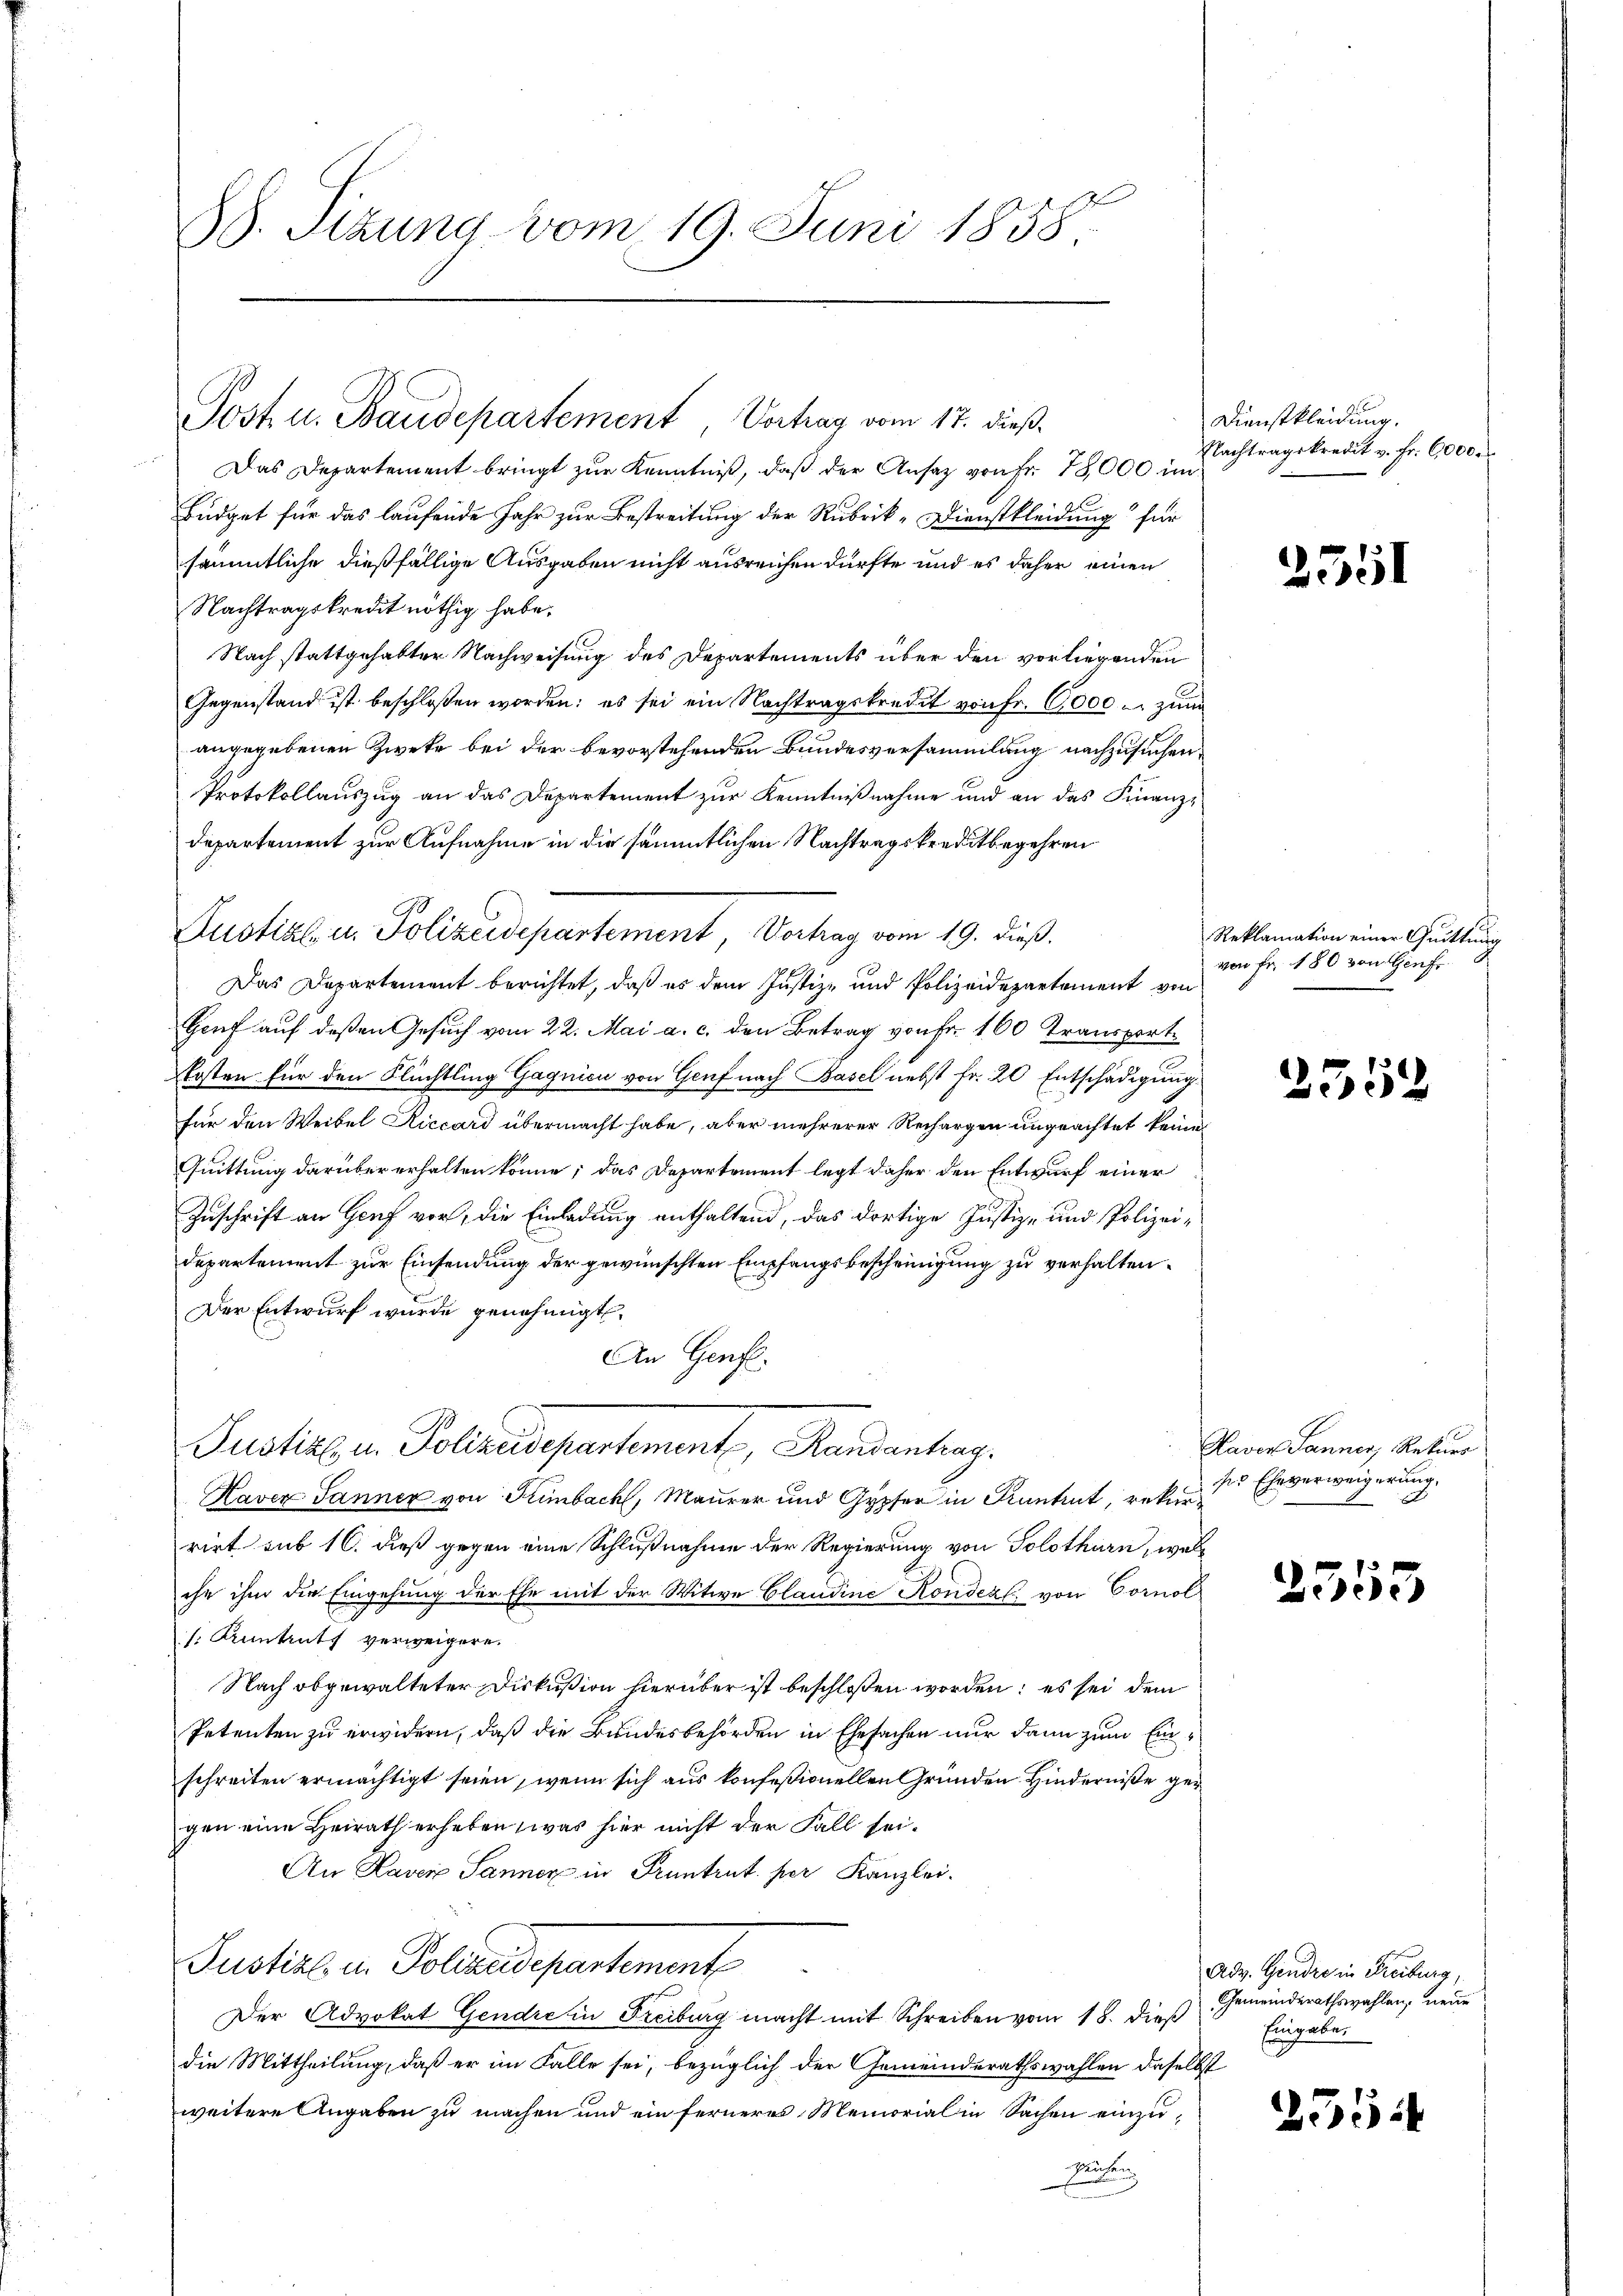
88. Sizung vom 19. Juni 1858.

Post u. Baudepartement Vorhag vom 17. dieß.

Das Departement bringt zur Kenntniß, daß der Ansatz von Fr. 78,000 im
Büdget für das laufende Jahr zur Bestreitung der Rubrik-Dienstkleidung für
sämmtliche dießfällige Ausgaben nicht ausreichen dürfte und es daher einen
Nachtragskredit nöthig habe.
Nach stattgehabter Nachweisung des Departements über den vorliegenden
Gegenstand ist beschloßen worden; es sei ein Nachtragskredit von Fr. 6000 u. zum
angegebenen Zweke bei der bevorstehenden Bundesversammlung nachzusuchen,
Protokollauszug an das Departement zur Kenntnißnahme und an das Finanzi¬
Departement zur Aufnahme in die sämmtlichen Nachtragskreditbegehren
Justiz- u. Polizeidepartement, Vortrag vom 19. dieß.
Das Departement berichtet, daß es dem Justiz- und Polizeidepartement von
Genf auf deßen Gesuch vom 22. Mai a. c. den Betrag von Fr. 160 Transport
Kosten für den Flüchtling Gagnici von Genf nach Basel nebst Fr. 20 Entschädigung
für den Weibel Riccard übermacht habe, aber mehrerer Rechargen ungeachtet keine
Quittung darüber erhalten könne; das Departement legt daher den Entwurf einer
Zuschrift an Genf vor, die Einladung enthaltend, das dortige Justiz- und Polizeidepartement zur Einsendung der gewünschten Empfangsbescheinigung zu verhalten.
Der Entwurf wurde genehmigt.
An Genf.
Justiz u. Polizeisepartement, Randantrag.
Haver Jänner von Tumbach, Maurer und Gypfer in Kuntrut, rekurrirt sub 16. dieß gegen eine Schlußnahme der Regierung von Solothurn, was
che ihm die Eingehung der Ehe mit der Witwe Claudine Kondezl. von Cornol
[. Kontrats verweigere.
Nach abgewalteter Diskußion hierüber ist beschloßen worden; es sei dem
Petenten zu erwidern, daß die Bundesbehörden in Ehesachen nur dann zum Einschreiten ermächtigt seien, wenn sich aus konfestionellen Gründen Hinderniße gegen eine Heirath erheben, was hier nicht der Fall sei¬
An Laver Sanner in Pruntrut per Kanzlei.
Justiz in Polizeidepartement
Der Advokat Gendre in Freiburg macht mit Schreiben vom 18. dieß
die Mittheilung, daß er im Falle sei, bezüglich der Gemeinderathswahlen daselbst
weitere Angaben zu machen und ein ferneres Memorial in Sachen einzu¬
Hausen

Dienstkleidung.
Nachtragskredit v. Fr. 6000.

2551

Reklamation einer Quittung
von Fr. 180 von Genf

2359

Haver Panner, Rekurs
ser Eheverweigerung.

2555

Adv. Gendre in Freiburg,
Gemeinderathswahlen, neue
Eingaben

255